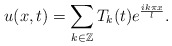
\begin{align*} u(x,t)=\sum\limits_{k\in \mathbb{Z}}T_{k}(t)e^{\frac{ik\pi x}{l}}. \end{align*}